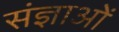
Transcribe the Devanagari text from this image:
संज्ञाओें